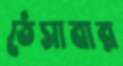
ঠেসাবার